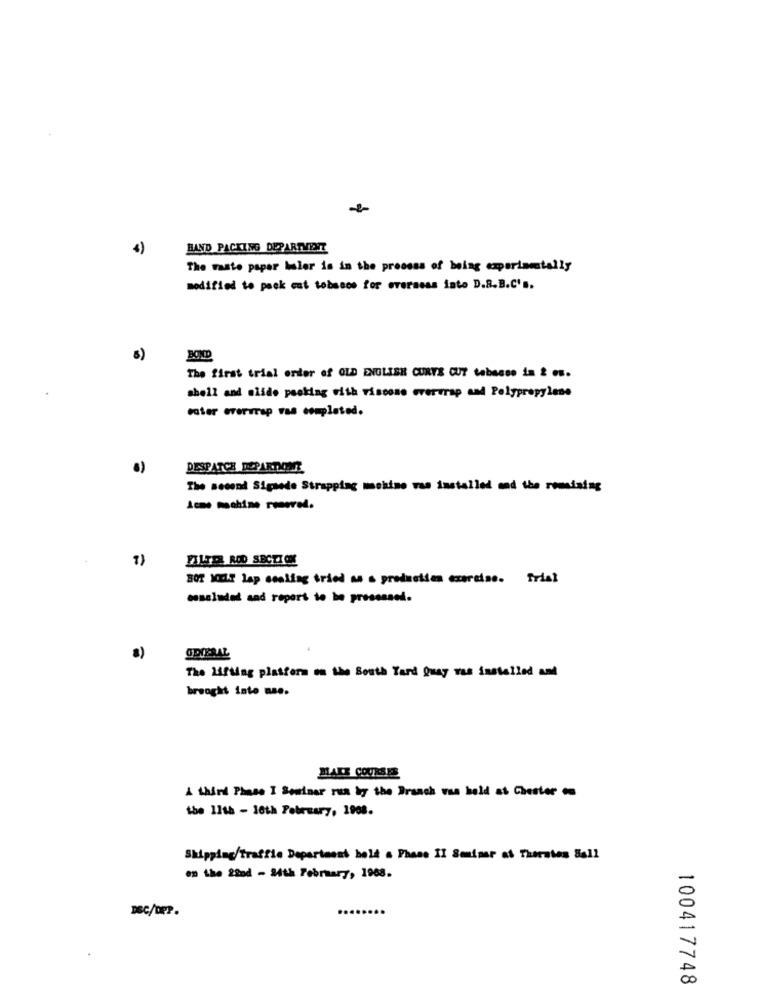
4)
BAND PACKING DEPARTMENT
The Waste paper haler is in the process of being capperimentally
modified to pack cut tobacco for overssss iste D.8.B.C's.
BOND
The first trial order of OLD ENGLISH CURYS CUT tabasco in 2 es.
shell and slide pecking with viscose overwrap and Polypropylene
cater evertrap vas completed.
DESPATCH DEPARTMENT
The second Sigsede Strapping mohime vas installed and the remaining
Acme machine rowel.
FILTR ROD SECTION
302 10℃ lap sealing tried as a producties exercise. frial
essaluded and report to be prosessed.
a)
OPIERAL
The lifting platform on the South Tard Quay was installed and
brought into nae.
MAKE COURSES
A third Phase I Seminar rua by the Branch vsa held at Chester en
the 11th - 10th February, 1908.
Shipping/Traffle Department hold a Phase II Smeiner at Thorsten Ball
on the 22nd - 24th February, 1968.
100417748